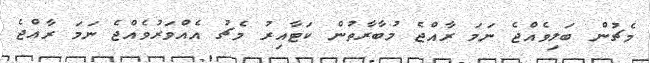
މެޗުން ބަލިވެއްޖެ ނަމަ ރާއްޖެ މުބާރާތުން ކަޓާއިރު މެޗު އެއްވަރުވެއްޖެ ނަމަ ރާއްޖެ